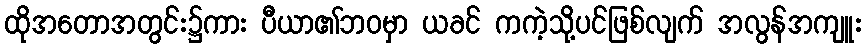
ထိုအတောအတွင်း၌ကား ပီယာ၏ဘဝမှာ ယခင် ကကဲ့သို့ပင်ဖြစ်လျက် အလွန်အကျူး